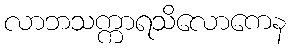
လာဘသက္ကာရသိလောကေန